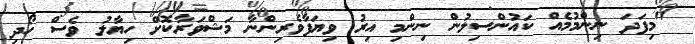
"މިފަދަ ނިންމުމެއް ކައުންސިލުން ނިންމި އިރު ވިޔަފާވެރިންނާ މަޝްވަރާކޮށް ހިޔާލު ވެސް ހޯދި